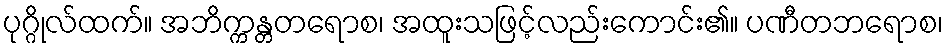
ပုဂ္ဂိုလ်ထက်။ အဘိက္ကန္တတရောစ၊ အထူးသဖြင့်လည်းကောင်း၏။ ပဏီတဘရောစ၊